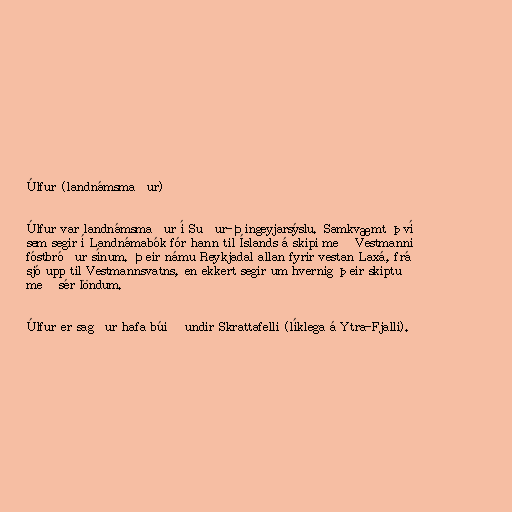
Úlfur (landnámsmaður)

Úlfur var landnámsmaður í Suður-Þingeyjarsýslu. Samkvæmt því
sem segir í Landnámabók fór hann til Íslands á skipi með Vestmanni
fóstbróður sínum. Þeir námu Reykjadal allan fyrir vestan Laxá, frá
sjó upp til Vestmannsvatns, en ekkert segir um hvernig þeir skiptu
með sér löndum.

Úlfur er sagður hafa búið undir Skrattafelli (líklega á Ytra-Fjalli).